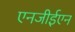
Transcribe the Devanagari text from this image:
एनजीईएन